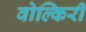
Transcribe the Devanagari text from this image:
वोल्किरी